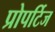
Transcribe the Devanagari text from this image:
प्रोपर्टिज